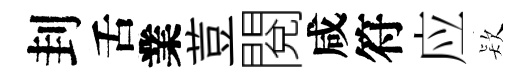
刲舌業荳閱咸符应𣣇